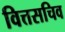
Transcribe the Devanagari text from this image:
वित्तसचिव